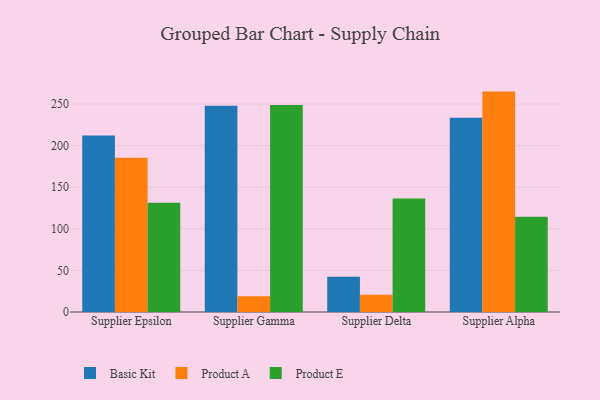
{"axis": {"x": "Supplier", "y": "Shipments"}, "legend": ["Basic Kit", "Product A", "Product E"], "data": [{"x": "Supplier Epsilon", "y": 212.1, "type": "Basic Kit"}, {"x": "Supplier Epsilon", "y": 185.6, "type": "Product A"}, {"x": "Supplier Epsilon", "y": 131.4, "type": "Product E"}, {"x": "Supplier Gamma", "y": 247.9, "type": "Basic Kit"}, {"x": "Supplier Gamma", "y": 18.8, "type": "Product A"}, {"x": "Supplier Gamma", "y": 248.8, "type": "Product E"}, {"x": "Supplier Delta", "y": 42.4, "type": "Basic Kit"}, {"x": "Supplier Delta", "y": 20.8, "type": "Product A"}, {"x": "Supplier Delta", "y": 136.4, "type": "Product E"}, {"x": "Supplier Alpha", "y": 233.6, "type": "Basic Kit"}, {"x": "Supplier Alpha", "y": 265.0, "type": "Product A"}, {"x": "Supplier Alpha", "y": 114.5, "type": "Product E"}]}